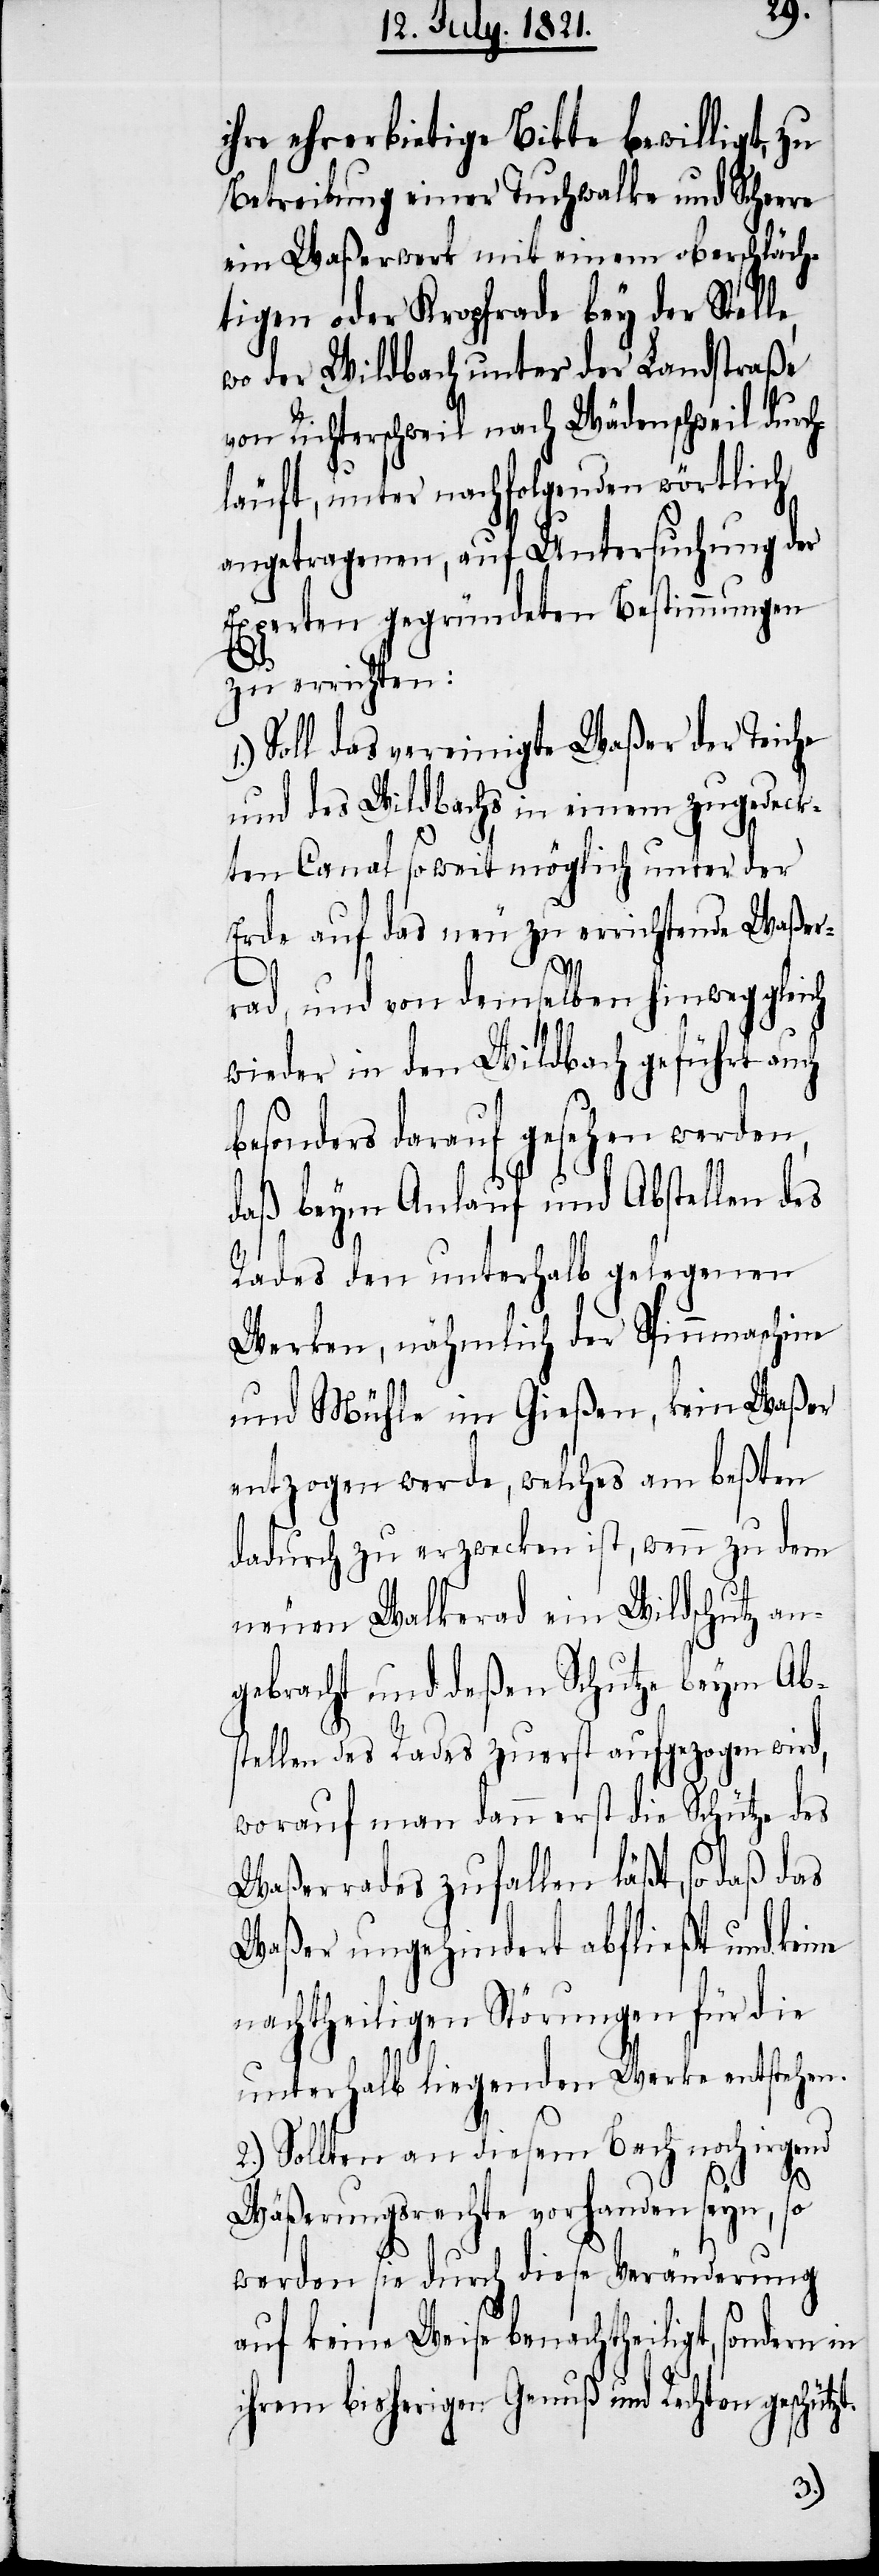
ihre ehrerbietige Bitte bewilligt, zu
Betreibung einer Tuchwalke und Scheere
ein Waßerwerk mit einem oberschläch¬
tigen oder Kropfrade bey der Stelle,
wo der Wildbach unter der Landstraße
von Richterschweil nach Wädenschweil durch¬
läuft, unter nachfolgenden wörtlich
angetragenen, auf Untersuchung der
Experten gegründeten Bestimmungen
zu errichten:
Soll das vereinigte Waßer der Teiche
und des Wildbachs in einem zugedeck¬
ten Canal so weit möglich unter der
Erde auf das neu zu errichtende Waßer¬
rad, und von demselben hinweg gleich
wieder in den Wildbach geführt auch
besonders darauf gesehen werden,
daß beym Anlauf und Abstellen des
Rades den unterhalb gelegenen
Werken, nähmlich der Spinnmaschine
und Mühle im Gießen, kein Waßer
entzogen werde, welches am beßten
dadurch zu erzwecken ist, wenn zu dem
neuen Walkerad ein Wildschutz an¬
gebracht und deßen Schutze beym Ab¬
stellen des Rades zuerst aufgezogen wird,
worauf man dann erst die Schütze des
Waßerrades zufallen läßt, so daß das
Waßer ungehindert abfließt und keine
nachtheiligen Störungen für die
unterhalb liegenden Werke entstehen.
2.) Sollten an diesem Bach noch irgend
Wäßerungsrechte vorhanden seyn, so
werden sie durch diese Veränderung
auf keine Weise benachtheiligt, sondern
ihrem bisherigen Genuß und Rechten geschütz¬
t.